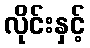
လိုင်းနှင့်